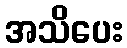
အသိပေး